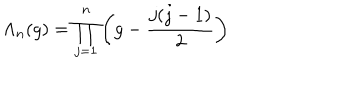
\Lambda _ { n } ( g ) = \prod _ { j = 1 } ^ { n } \left( g - \frac { j ( j - 1 ) } { 2 } \right)